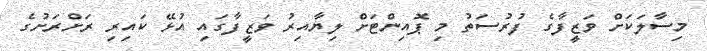
މިސާލަކަށް ވަޒީފާގެ ފުރުސަތު މި ޕޮއިންޓަށް ލިޔާއިރު ވަޒީފާގައި އުޅޭ ކައިރި ރަށްރަށުގެ